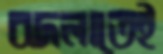
বদলাতেই